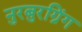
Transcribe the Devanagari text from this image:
नुरबुरग्रिंग